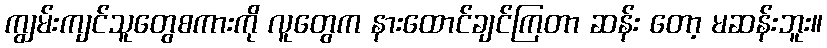
ကျွမ်းကျင်သူတွေစကားကို လူတွေက နားထောင်ချင်ကြတာ ဆန်း တော့ မဆန်းဘူး။